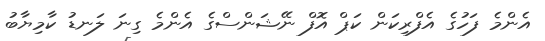
އެންމެ ފަހުގެ އެފްރިކަން ކަޕް އޮފް ނޭޝަންސްގެ އެންމެ ގިނަ ލަނޑު ކާމިޔާބު